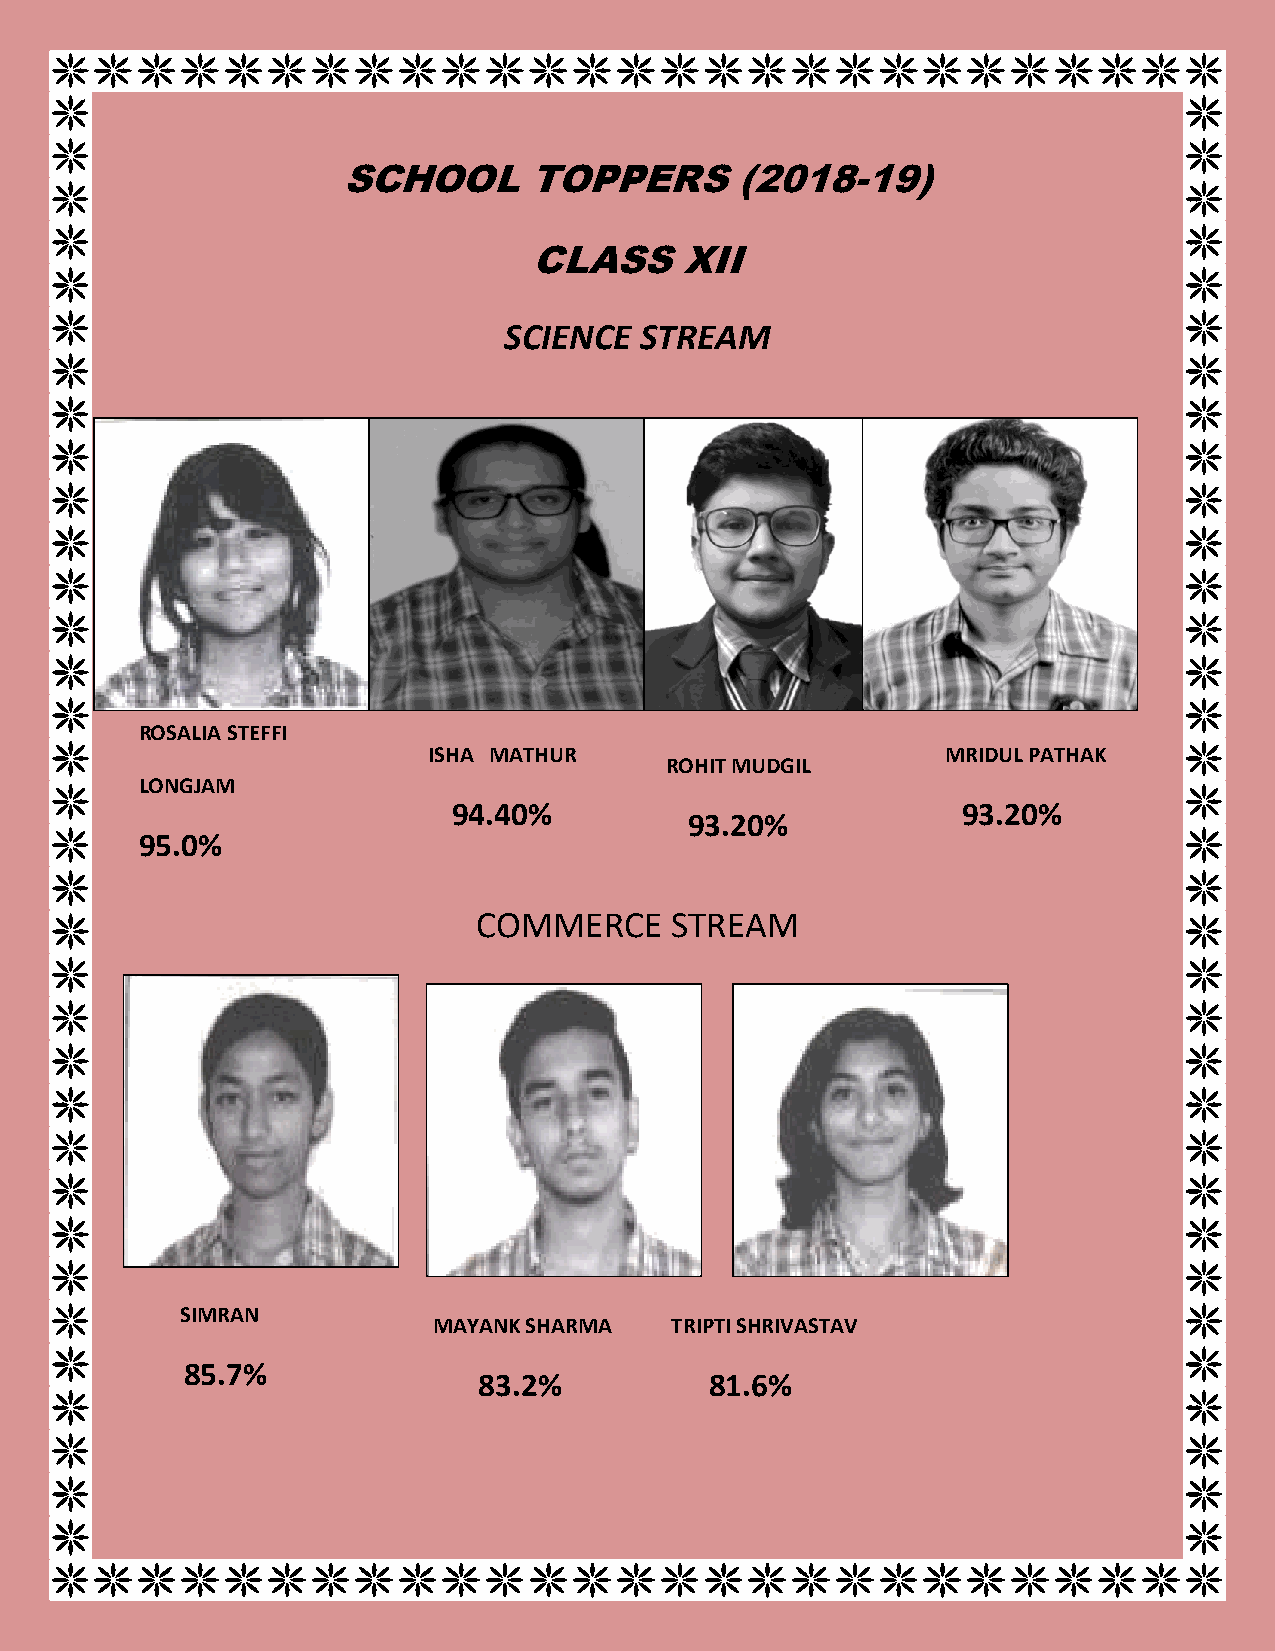
SCHOOL      TOPPERS       (2018-19)
 CLASS     XII
 SCIENCE  STREAM
 ROSALIA STEFFI
 ISHA MATHUR                        MRIDUL PATHAK
 ROHIT MUDGIL
 LONGJAM
 94.40%                            93.20%
 93.20%
 9 5.0%
 COMMERCE    STREAM
 SIMRAN
 MAYANK SHARMA  TRIPTI SHRIVASTAV
 85.7%
 83.2%          81.6%